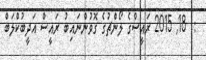
:  18